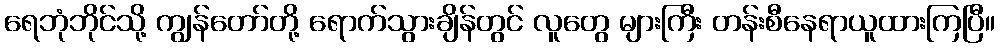
ရေဘုံဘိုင်သို့ ကျွန်တော်တို့ ရောက်သွားချိန်တွင် လူတွေ များကြီး တန်းစီနေရာယူထားကြပြီ။